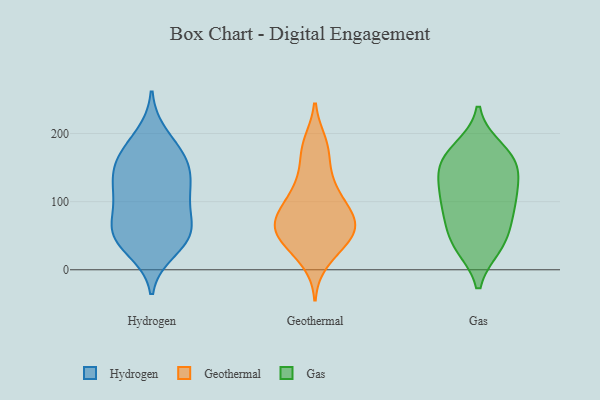
{"axis": {"x": "Temperature (°C)", "y": "Value"}, "legend": ["Gas", "Geothermal", "Hydrogen"], "data": [{"x": "", "y": 52, "type": "Hydrogen"}, {"x": "", "y": 95, "type": "Hydrogen"}, {"x": "", "y": 45, "type": "Hydrogen"}, {"x": "", "y": 122, "type": "Hydrogen"}, {"x": "", "y": 29, "type": "Hydrogen"}, {"x": "", "y": 58, "type": "Hydrogen"}, {"x": "", "y": 155, "type": "Hydrogen"}, {"x": "", "y": 55, "type": "Hydrogen"}, {"x": "", "y": 53, "type": "Hydrogen"}, {"x": "", "y": 95, "type": "Hydrogen"}, {"x": "", "y": 197, "type": "Hydrogen"}, {"x": "", "y": 173, "type": "Hydrogen"}, {"x": "", "y": 156, "type": "Hydrogen"}, {"x": "", "y": 118, "type": "Hydrogen"}, {"x": "", "y": 128, "type": "Hydrogen"}, {"x": "", "y": 162, "type": "Hydrogen"}, {"x": "", "y": 177, "type": "Geothermal"}, {"x": "", "y": 80, "type": "Geothermal"}, {"x": "", "y": 175, "type": "Geothermal"}, {"x": "", "y": 114, "type": "Geothermal"}, {"x": "", "y": 68, "type": "Geothermal"}, {"x": "", "y": 36, "type": "Geothermal"}, {"x": "", "y": 88, "type": "Geothermal"}, {"x": "", "y": 47, "type": "Geothermal"}, {"x": "", "y": 76, "type": "Geothermal"}, {"x": "", "y": 14, "type": "Geothermal"}, {"x": "", "y": 130, "type": "Geothermal"}, {"x": "", "y": 125, "type": "Geothermal"}, {"x": "", "y": 53, "type": "Geothermal"}, {"x": "", "y": 185, "type": "Geothermal"}, {"x": "", "y": 36, "type": "Geothermal"}, {"x": "", "y": 63, "type": "Geothermal"}, {"x": "", "y": 58, "type": "Geothermal"}, {"x": "", "y": 94, "type": "Geothermal"}, {"x": "", "y": 63, "type": "Geothermal"}, {"x": "", "y": 42, "type": "Gas"}, {"x": "", "y": 36, "type": "Gas"}, {"x": "", "y": 159, "type": "Gas"}, {"x": "", "y": 115, "type": "Gas"}, {"x": "", "y": 39, "type": "Gas"}, {"x": "", "y": 152, "type": "Gas"}, {"x": "", "y": 147, "type": "Gas"}, {"x": "", "y": 176, "type": "Gas"}, {"x": "", "y": 104, "type": "Gas"}, {"x": "", "y": 81, "type": "Gas"}, {"x": "", "y": 165, "type": "Gas"}, {"x": "", "y": 79, "type": "Gas"}, {"x": "", "y": 111, "type": "Gas"}]}